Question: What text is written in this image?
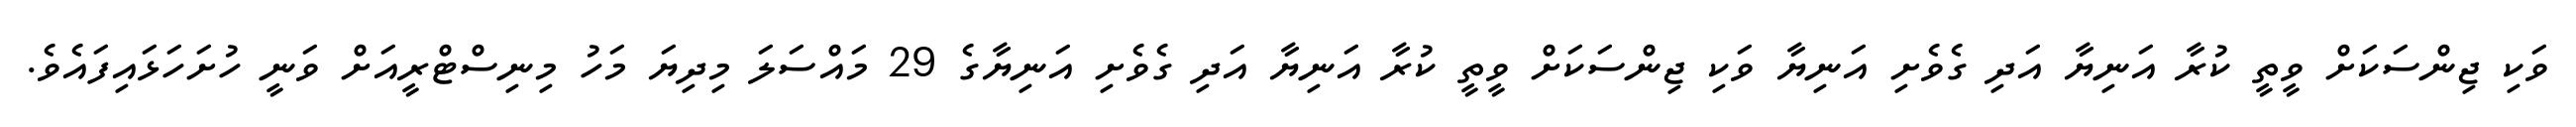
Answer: ވަކި ޖިންސަކަށް ވީތީ ކުރާ އަނިޔާ އަދި ގެވެށި އަނިޔާ ވަކި ޖިންސަކަށް ވީތީ ކުރާ އަނިޔާ އަދި ގެވެށި އަނިޔާގެ 29 މައްސަލަ މިދިޔަ މަހު މިނިސްޓްރީއަށް ވަނީ ހުށަހަޅައިފައެވެ.